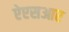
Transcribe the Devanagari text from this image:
ऐएसआर